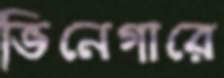
ভিনেগারে